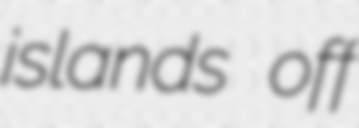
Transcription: islands off